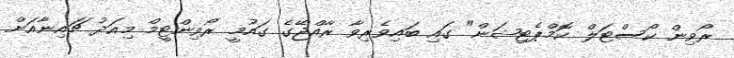
ރޯވިން ކޯސްޓަލް ކޮމްޕެޓިޝަން" ގައި ބައިވެރިވާ ރާއްޖޭގެ ގައުމީ ރޯވިންޓީމް މިއަދު ޗައިނާއަށް